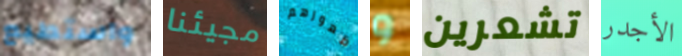
واستطيع مجيئنا ظهورهم و تشعرين الأجدر